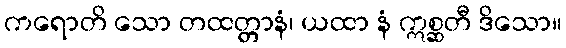
ကရောတိ သော တထတ္တာနံ၊ ယထာ နံ ဣစ္ဆတီ ဒိသော။